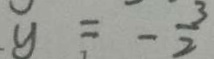
y = - \frac { 3 } { 2 }